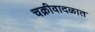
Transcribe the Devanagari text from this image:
चक्रीवादळात